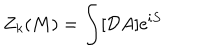
Z _ { k } ( M ) = \int [ { \cal D } A ] \mathrm { e } ^ { i S }